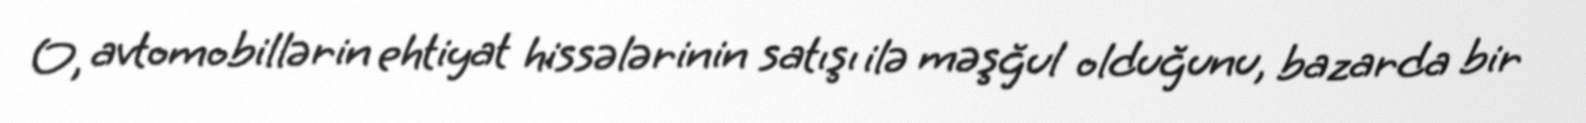
O, avtomobillərin ehtiyat hissələrinin satışı ilə məşğul olduğunu, bazarda bir